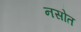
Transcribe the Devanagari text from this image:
नसोत